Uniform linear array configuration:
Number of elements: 64
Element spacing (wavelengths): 1
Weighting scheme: exponential
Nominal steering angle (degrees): -45
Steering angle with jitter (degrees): -46.952
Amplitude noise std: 0.05
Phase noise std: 0.05

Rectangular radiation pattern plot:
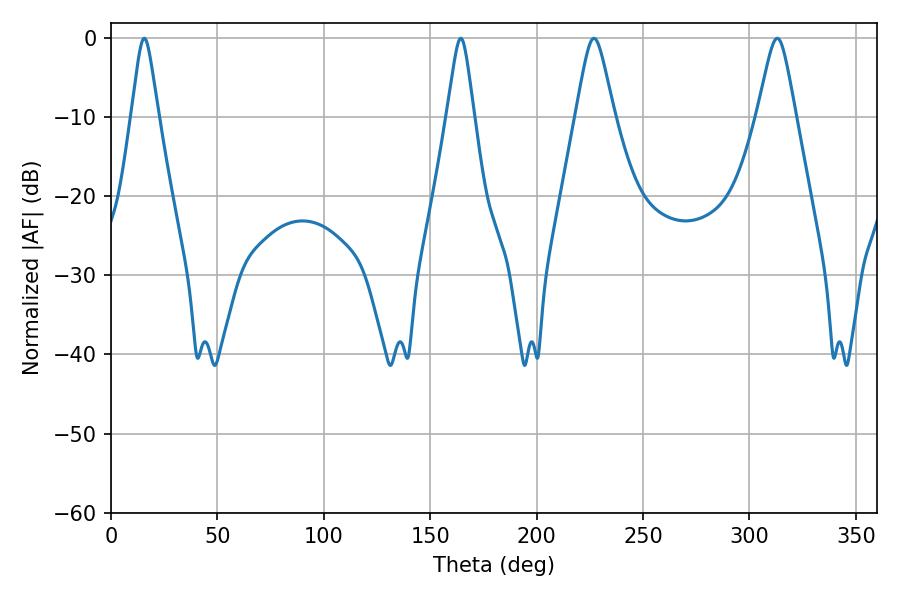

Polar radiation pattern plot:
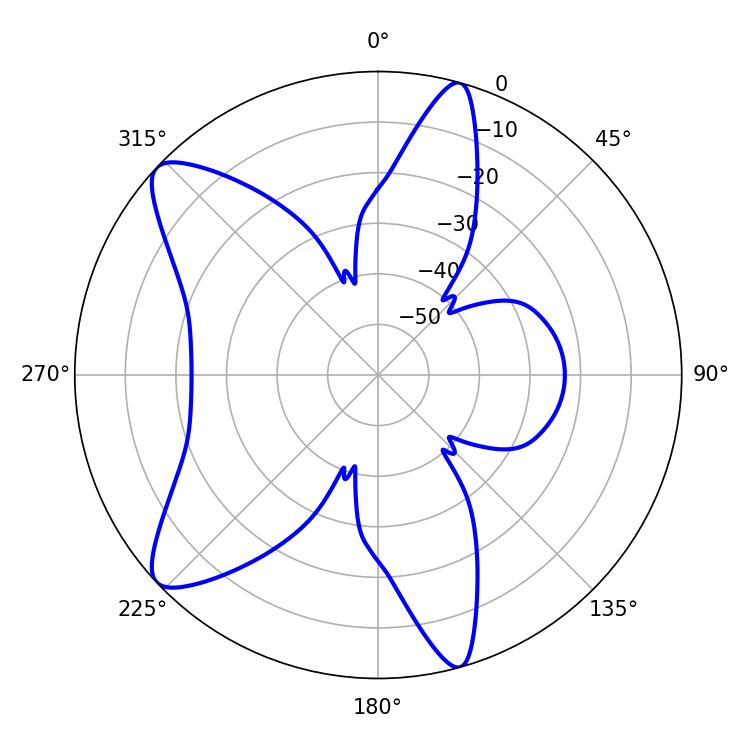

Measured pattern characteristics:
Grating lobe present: TRUE
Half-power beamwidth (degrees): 5.94
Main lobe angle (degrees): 15.66